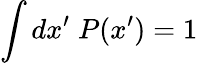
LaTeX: \int dx^{\prime}\; P(x^{\prime})=1